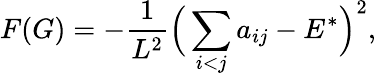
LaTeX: F(G)=-\frac{1}{L^{2}}\Big(\sum_{i<j}a_{ij}-E^{*}\Big)^{2},